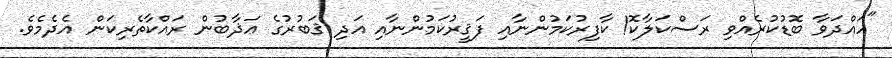
"ހައްދަވާ ބޮޑުކުރެއްވި ރަސްކަލާކޮ! ކާފިރުކަމުންނާއި ފަޤީރުކަމުންނާއި އަދި ޤަބުރުގެ ޢަޛާބުން ރައްކާތެރިކަން އެދެމެވެ.